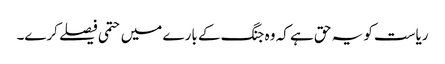
ریاست کو یہ حق ہے کہ وہ جنگ کے بارے میں حتمی فیصلے کرے۔